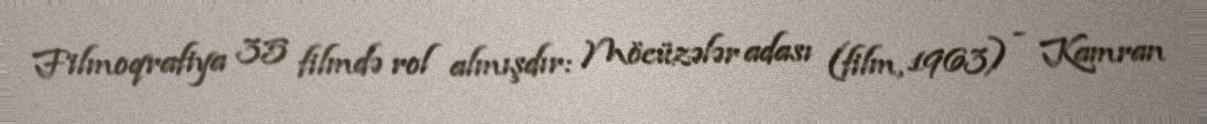
Filmoqrafiya 35 filmdə rol almışdır: Möcüzələr adası (film, 1963) - Kamran